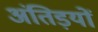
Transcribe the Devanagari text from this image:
अंतिड़यों